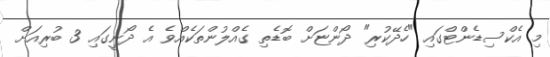
މި އެކްސިޑެންޓްގައި "ހެދޭކުރި" ދޯންޏަށް ބޮޑެތި ގެއްލުންތަކެއްވެ އެ ދޯނީގައި 3 ބުރިއަށް